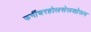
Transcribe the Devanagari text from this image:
फर्नीचरहोलसेलशोरूम